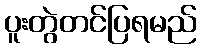
ပူးတွဲတင်ပြရမည်